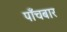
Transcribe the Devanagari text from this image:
पाँचबार